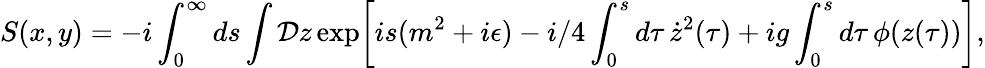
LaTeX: S(x,y)=-i\int_{0}^{\infty}ds\int{\cal D}z\, \mathrm{exp}\biggl[is(m^{2}+i\epsilon)-i/4\int_{0}^{s}d\tau\, \dot{z}^{2}(\tau)+ig\int_{0}^{s}d\tau\, \phi(z(\tau))\biggr],